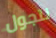
نتجول